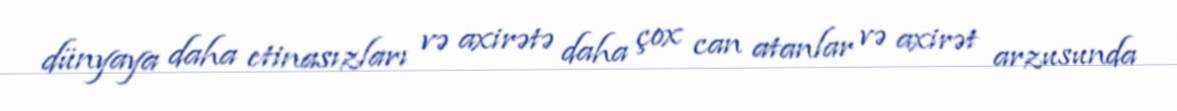
dünyaya daha etinasızları və axirətə daha çox can atanlar və axirət arzusunda